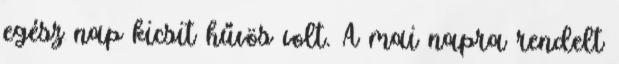
egész nap kicsit hűvös volt. A mai napra rendelt